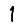
Digit: 1